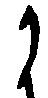
か